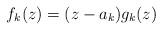
LaTeX: \begin{align*}f_k(z)=(z-a_k)g_k(z)\end{align*}